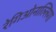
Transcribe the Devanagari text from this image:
रेगिओनाल्लिगा